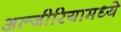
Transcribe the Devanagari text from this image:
अल्जीरियामध्ये